Eesti_Peakonsulaat_New_Yorgis, lk 14
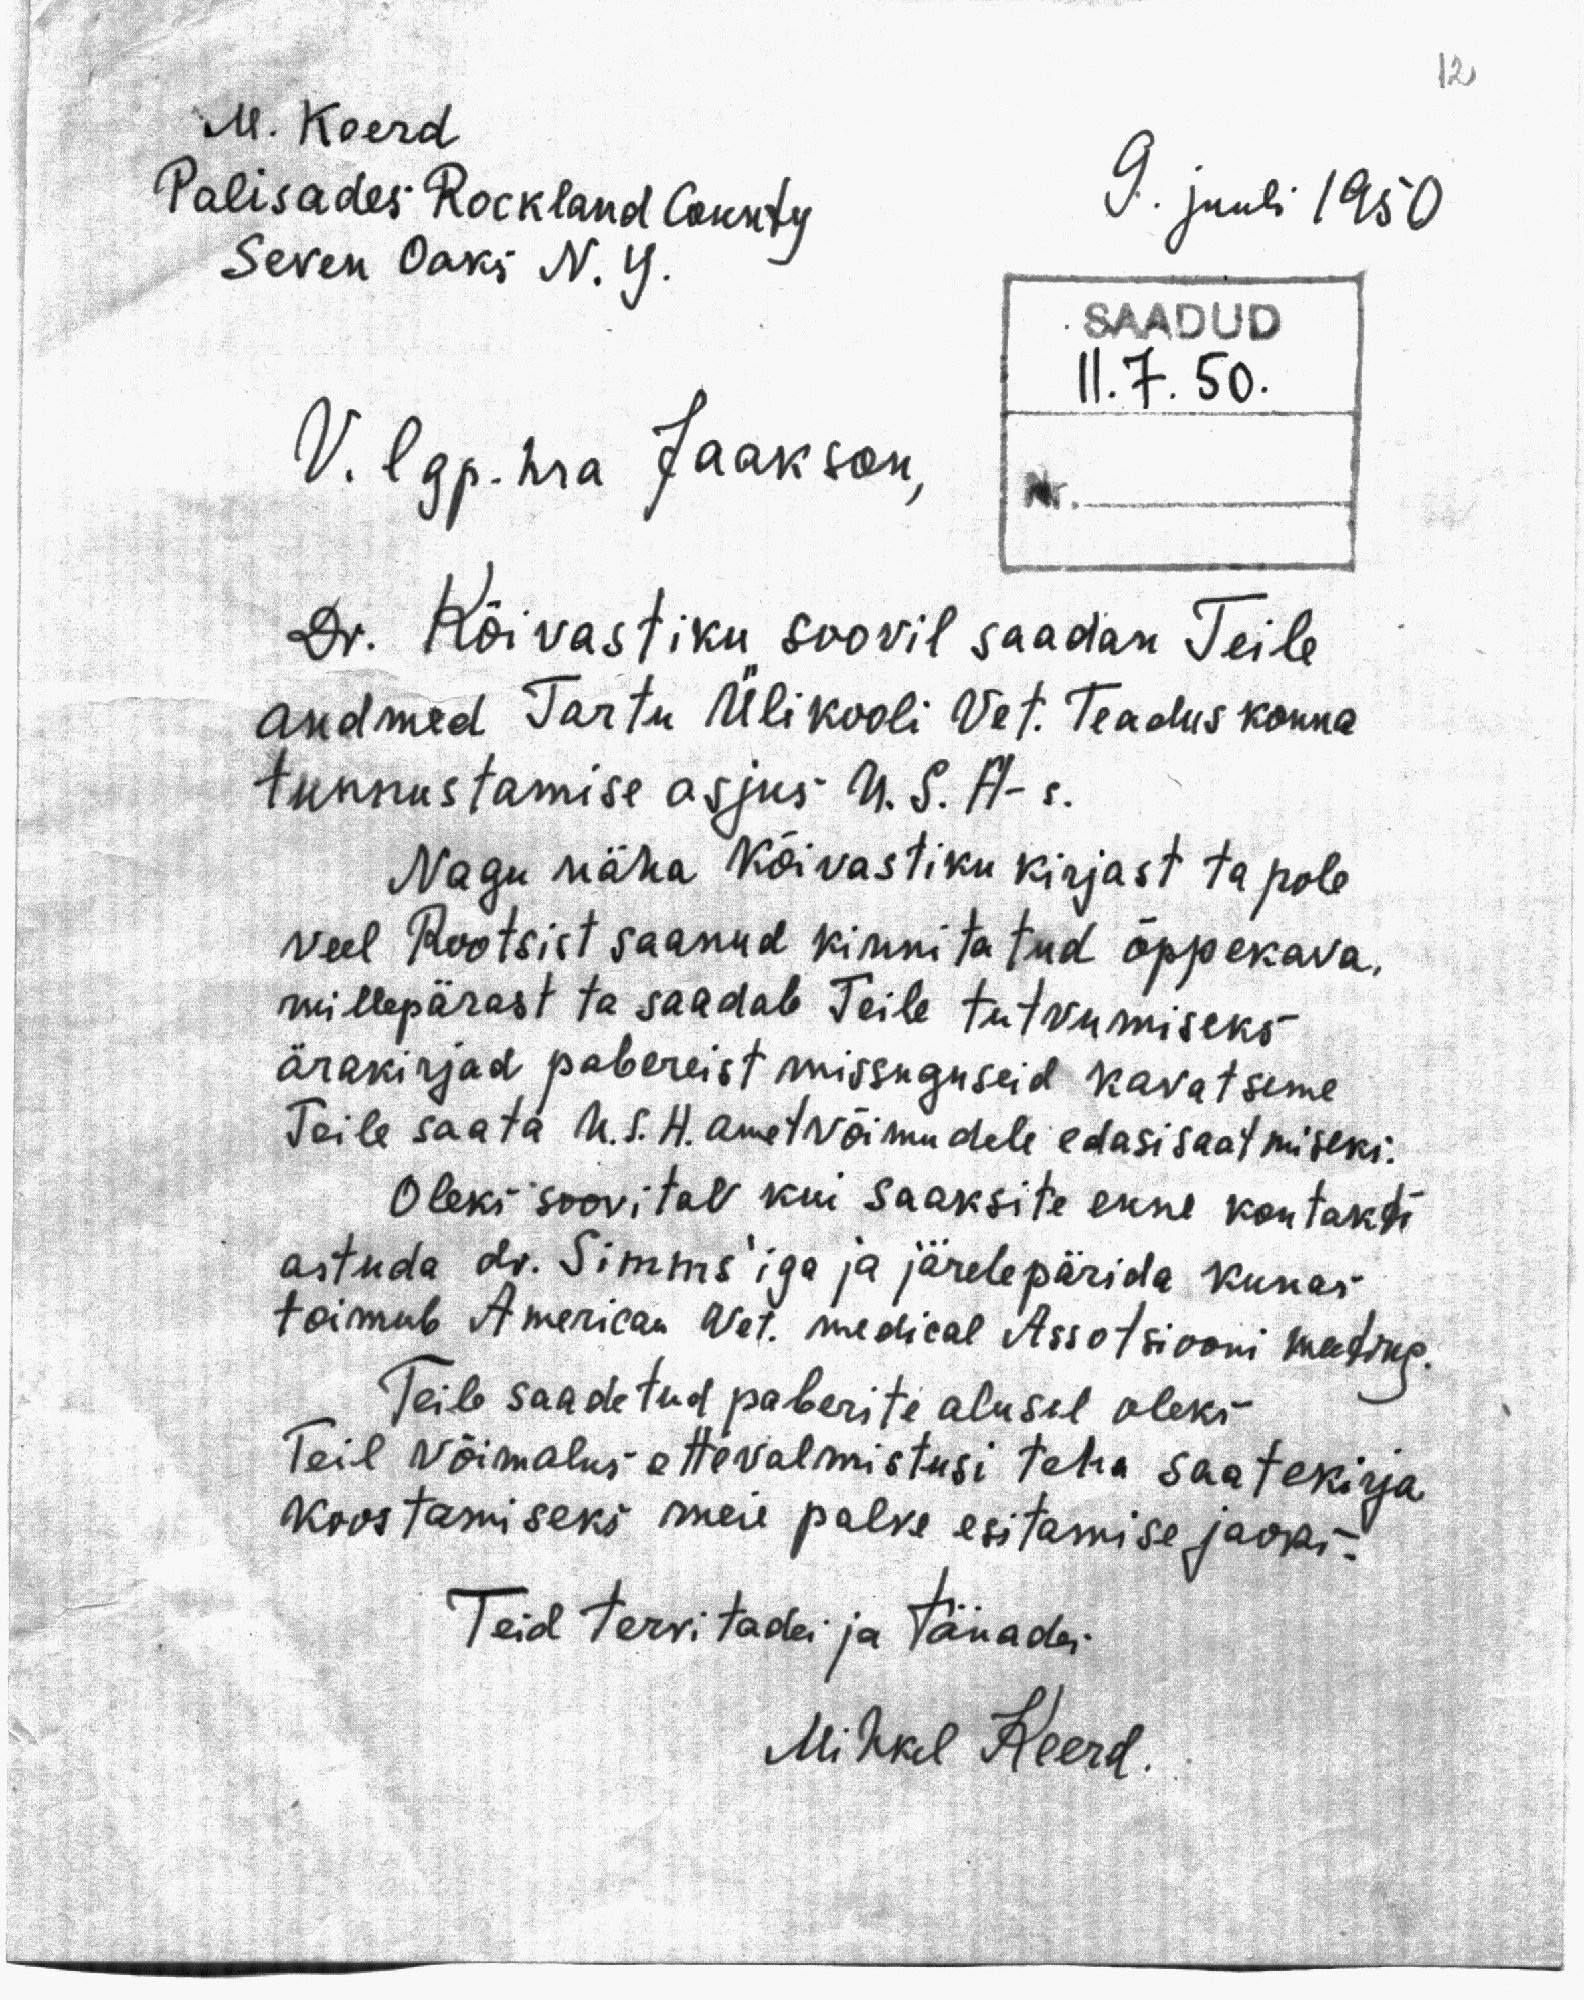
12

M. Koerd
Palisades Rockland County
9. juuli 1950
Seren Oaks N.Y.
SAADUD
11.7.50
V. lgp. hra Jaakson,
Nr.
Dr. Kõivastiku soovil saadan Teile
andmed Tartu Ülikooli Vet. Teaduskonna
tunnustamise asjus U. S. A - s.
Nagu näha Kõivastiku kirjast ta pole
veel Rootsist saanud kinnitatud õppekava.
millepärast ta saadab Teile tutvumiseks
ärakirjad pabereist missuguseid kavatseme
Teile saata U. S. A. ametvõimudele edasisaatmiseks.
Oleks soovitav kui saaksite enne kontakti
astuda dr. Simms'iga ja järelepärida kunas
toimub American Vet. medical Assotsiooni meeting.
Teile saadetud paberite alusel oleks
Teil võimalus ettevalmistusi teha saatekirja
koostamiseks meie palve esitamise jaoks.
Teid tervitades ja tänades:
Mihkel Keerd.